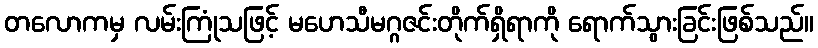
တလောကမှ လမ်းကြုံသဖြင့် မဟေသီမဂ္ဂဇင်းတိုက်ရှိရာကို ရောက်သွားခြင်းဖြစ်သည်။